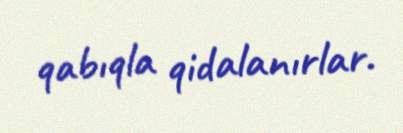
qabıqla qidalanırlar.